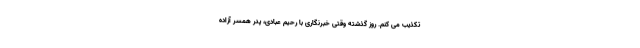
تکذیب می کنم. روز گذشته وقتی خبرنگاری با رحیم عبادی، پدر همسر آزاده